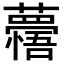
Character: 𮒽